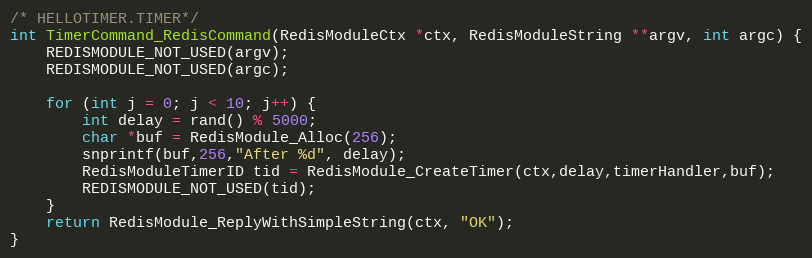
Language: C
/* HELLOTIMER.TIMER*/
int TimerCommand_RedisCommand(RedisModuleCtx *ctx, RedisModuleString **argv, int argc) {
    REDISMODULE_NOT_USED(argv);
    REDISMODULE_NOT_USED(argc);

    for (int j = 0; j < 10; j++) {
        int delay = rand() % 5000;
        char *buf = RedisModule_Alloc(256);
        snprintf(buf,256,"After %d", delay);
        RedisModuleTimerID tid = RedisModule_CreateTimer(ctx,delay,timerHandler,buf);
        REDISMODULE_NOT_USED(tid);
    }
    return RedisModule_ReplyWithSimpleString(ctx, "OK");
}